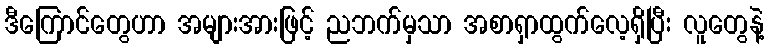
ဒီကြောင်တွေဟာ အများအားဖြင့် ညဘက်မှသာ အစာရှာထွက်လေ့ရှိပြီး လူတွေနဲ့